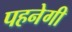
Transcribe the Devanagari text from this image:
पहनेगी